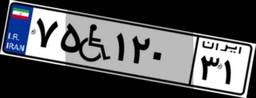
۷۵W۱۲۰۳۱